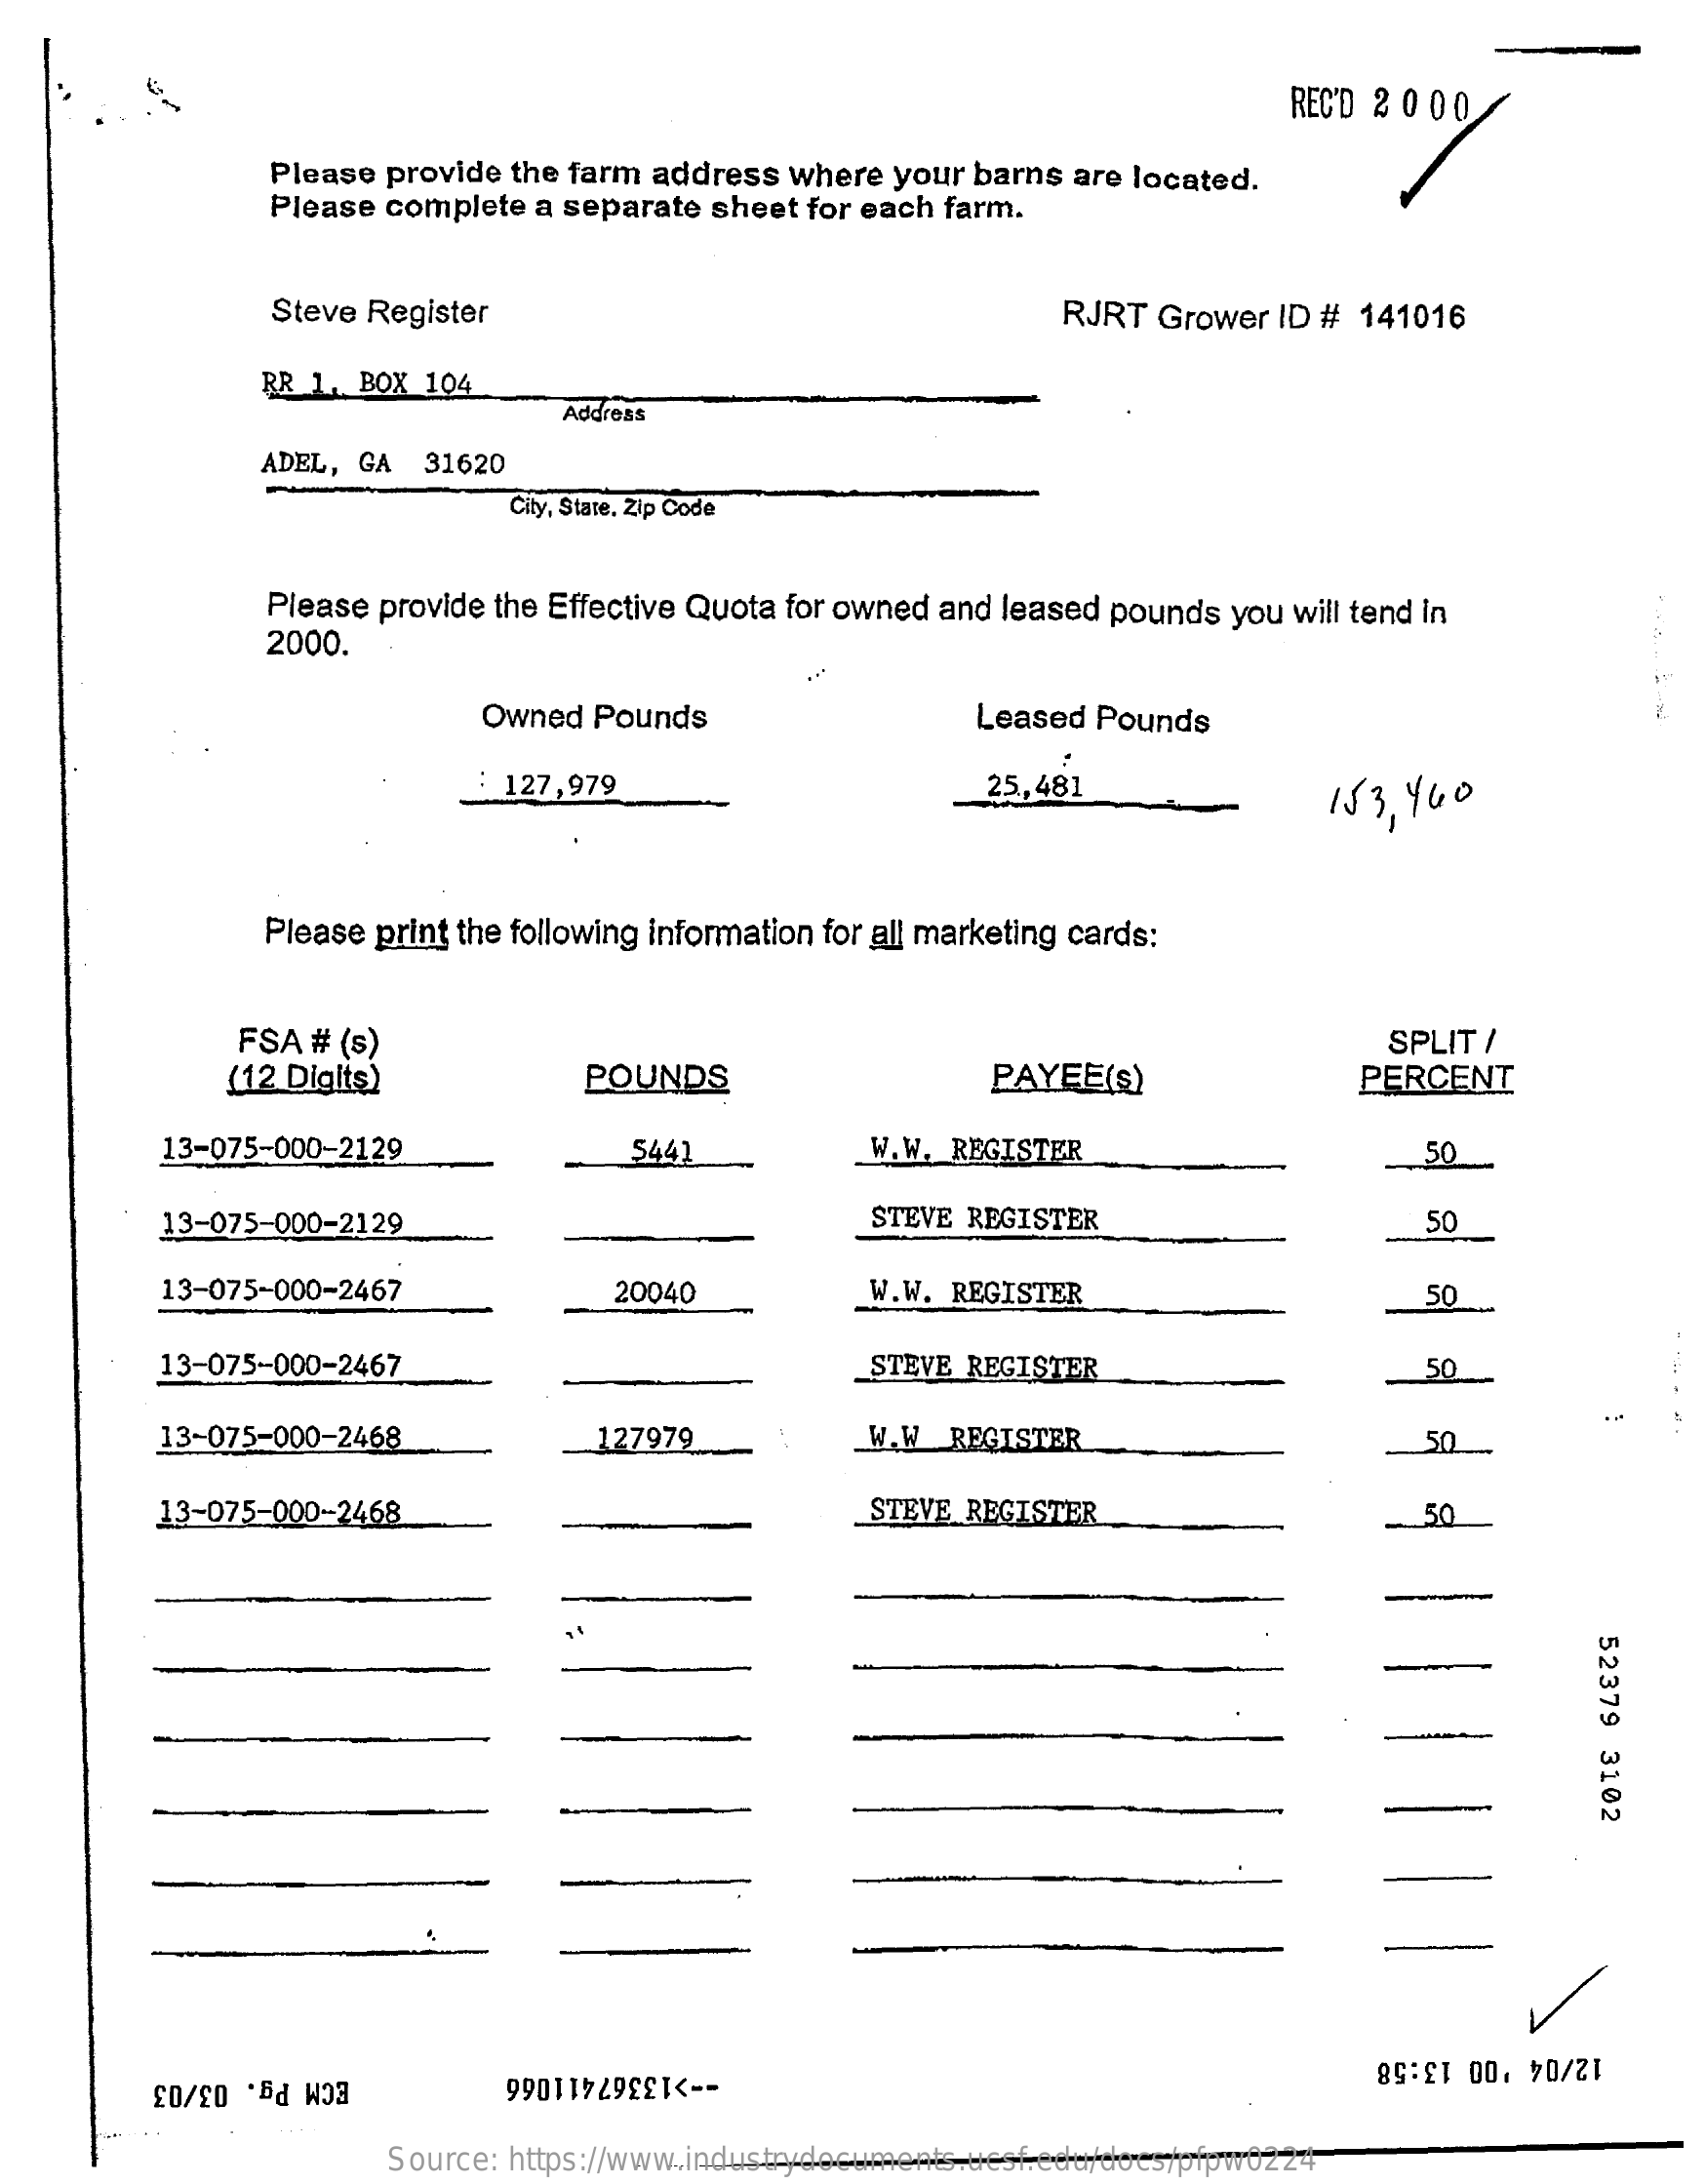
REC'D 2000/
     Please provide the farm address where your barns are located.
     Please complete a separate sheet for each farm.
     Steve Register    RJRT Grower ID # 141016
     RR 1. BOX 104
     Address
     ADEL, GA 31620
     City, State, Zip Code
     Please provide the Effective Quota for owned and leased pounds you will tend in
     2000.
     Owned Pounds    Leased Pounds
     : 127,979    25,481    153, 460
     Please print the following information for all marketing cards:
     FSA # (s)
     (12 Digits)    POUNDS    PAYEE(S)
     SPLIT /
     PERCENT
     13-075-000-2129    5441    W.W. REGISTER    50
     13-075-000-2129    STEVE REGISTER    50
     13-075-000-2467    20040    W.W. REGISTER    50
     13-075-000-2467    STEVE REGISTER    50
     13-075-000-2468    127979    W.W_ REGISTER    50
     13-075-000-2468    STEVE REGISTER    50
     52379
     3102
     ECM Pg. 03/03    -- >13367411066
     12/04 '00 13:58
     Source: https://www.industrydocuments.ucsf.edu/docs/pfpw0224